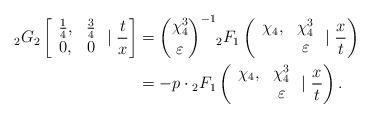
LaTeX: \begin{align*}{_2G_2}\left[\begin{array}{cc}\frac{1}{4}, & \frac{3}{4}\\0,& 0\end{array}\mid \frac{t}{x}\right]&={\chi_4^3\choose\varepsilon}^{-1}{_2F_1}\left(\begin{array}{cc}\chi_4, & \chi_4^3\\& \varepsilon\end{array}\mid\frac{x}{t}\right)\\&=-p\cdot{_2F_1}\left(\begin{array}{cc}\chi_4, & \chi_4^3\\& \varepsilon\end{array}\mid\frac{x}{t}\right).\end{align*}